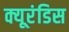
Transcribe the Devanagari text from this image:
क्यूरंडिस